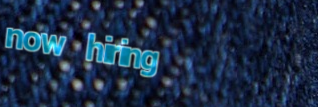
now hiring